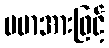
ပမာအားဖြင့်